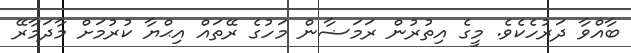
ބާއްވާ ދަރުހެކެވެ. މީގެ އިތުރުން ރަމަޟާން މަހުގެ ރޭތައް އިޙްޔާ ކުރުމަށް މާދަމާރޭ